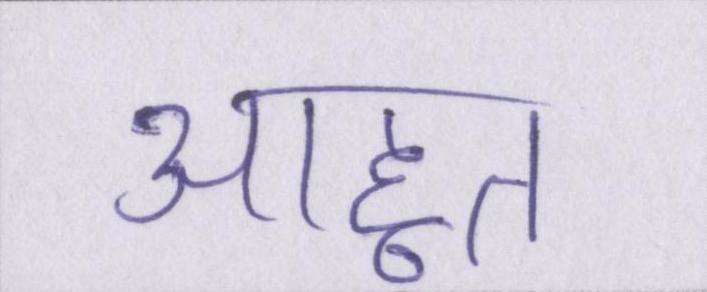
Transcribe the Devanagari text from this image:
आहूत